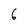
Character: 6